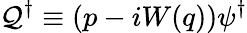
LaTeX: \mathcal{Q}^{\dagger}\equiv(p-iW(q))\psi^{\dagger}